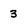
Character: 3